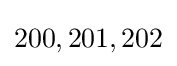
200,201,202